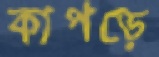
কাপড়ে